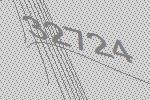
32724